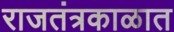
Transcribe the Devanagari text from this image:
राजतंत्रकाळात